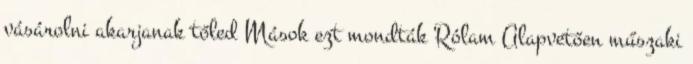
vásárolni akarjanak tőled Mások ezt mondták Rólam Alapvetően műszaki